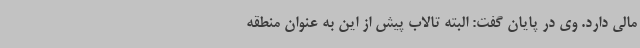
مالی دارد. وی در پایان گفت: البته تالاب پیش از این به عنوان منطقه